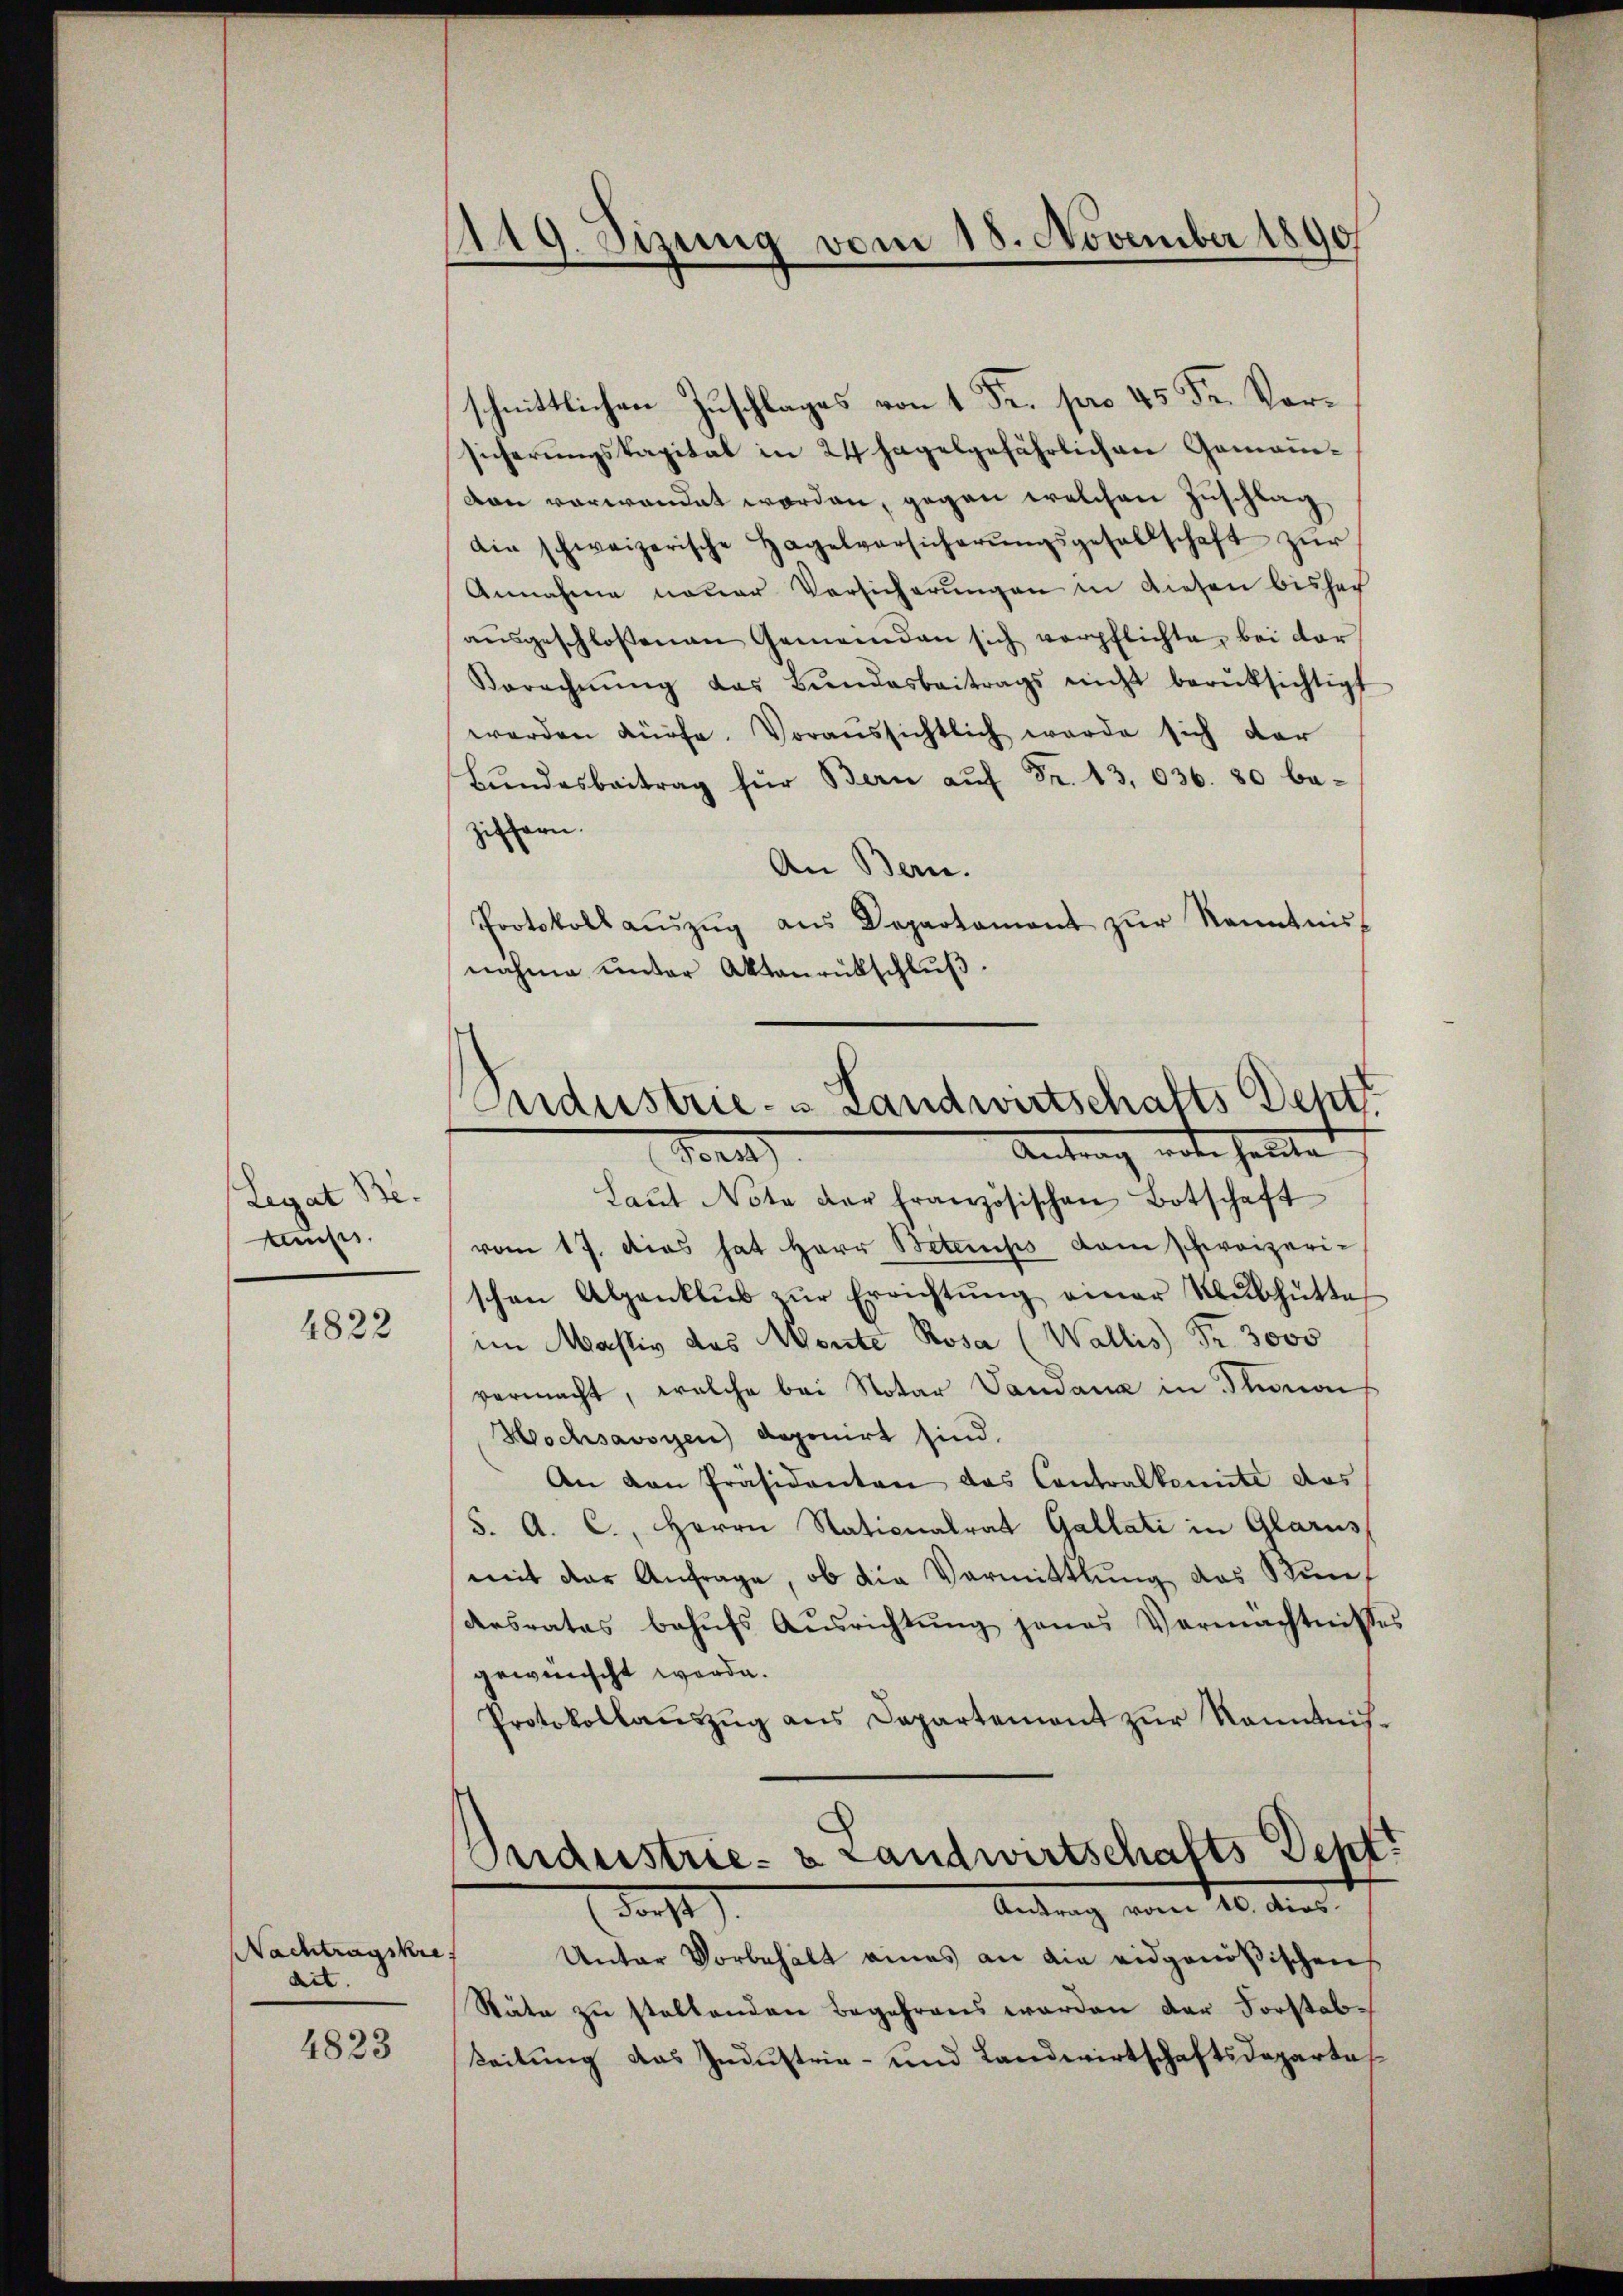
Legat Be-
kunft.

1822

Nachtragskre
dit.

4823

1119. Sizung vom 18. November 1890

schnittlichen Zuschlages von 1 Fr. pro 45 Fr. Vorsicherungskapital in 24 hagelgefährlichen Gomanedan verwandet worden, gegen welchen Zuschlag
die schweizerische Hagelversicherŭngsgesellschaft zŭr
Annahme neuer Versicherŭngen in diesen bisher
aŭsgeschlossenen Gemeinden sich verpflichte, bei der
Berechnŭng das Bŭndesbeitrags nicht berüksichtigt
werden dürfe. Voraussichtlich werde sich der
Bŭndesbeitrag für Bern aŭf Fr. 13,036. 80 be-
ziffern.
An Bern.
Protokoll aŭszŭg ans Departament zŭr Kenntnis-
nahme unter Aktenrückschlŭβ:
Industrie- & Landwirtschafts Dept
Antrag, unterhalte
Bea
Laŭt Nota der französischen Botschaft
vom 17. dies hat Herr Betemps dem schweizerischen Alpenklŭs zŭr Errichtŭng einer Neŭbhütte
im Mastiv des Monte Rosa (Wallis Fr. 3000
vermacht, welche bei Notar Vandana in Phonon
Hochsavoyen doponirt sind.
An den Präsidenten das Contralkomite das
S. A. C., Herrn Stationalrat Gallati in Glarus,
mit der Anfrage, ob die Vormittlung des Stundesrates behŭfs Aŭsrichtŭng jenes Vermächtnisses
gewünscht werde.
Protokollaŭszŭg ans Departement zŭr Kenntnis-

Industrie- & Landwirtschafts Sept.
Andung vom 10. dies
darst

Unter Vorbehält eines an die eidgenößischen
Stäte zu stellenden Begehrens werden der Forstabteilung das Industrie- und Landwirtschaftsdepartes